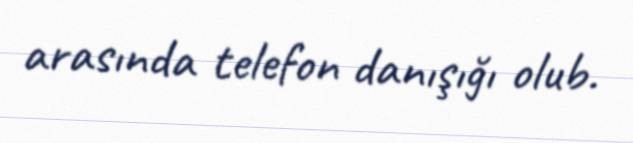
arasında telefon danışığı olub.